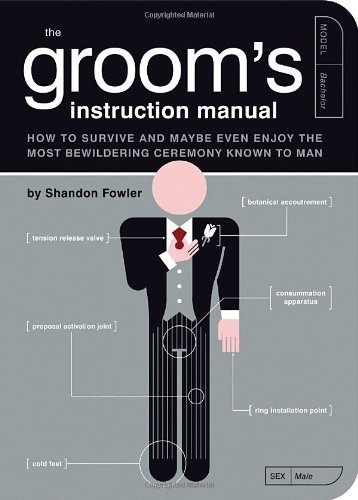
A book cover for The Groom's Instruction Manual: How to Survive and Possibly Even Enjoy the Most Bewildering Ceremony Known to Man (Owner's and Instruction Manual); Shandon Fowler; Crafts, Hobbies & Home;